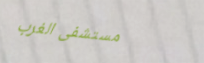
مستشفى الغرب